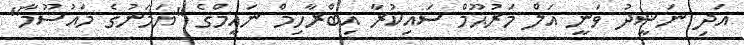
އަދި ނަޝީދު ވަނީ އަލް މަރުޙޫމް ސައިކުރާ އިބްރާހިމް ނައީމްގެ "ޔަމަނުގެ މައުސޫމާ"